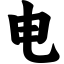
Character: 电